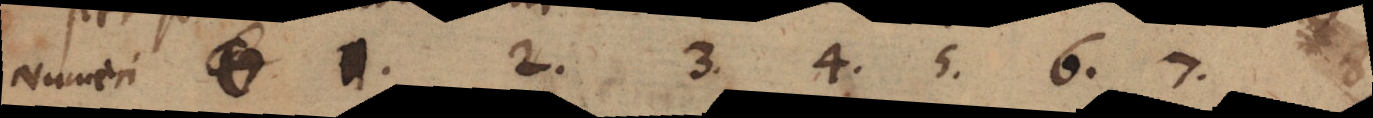
Numeri 0 1. 2. 3. 4. 5. 6. 7. 8